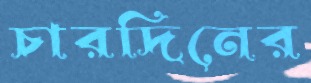
চারদিনের